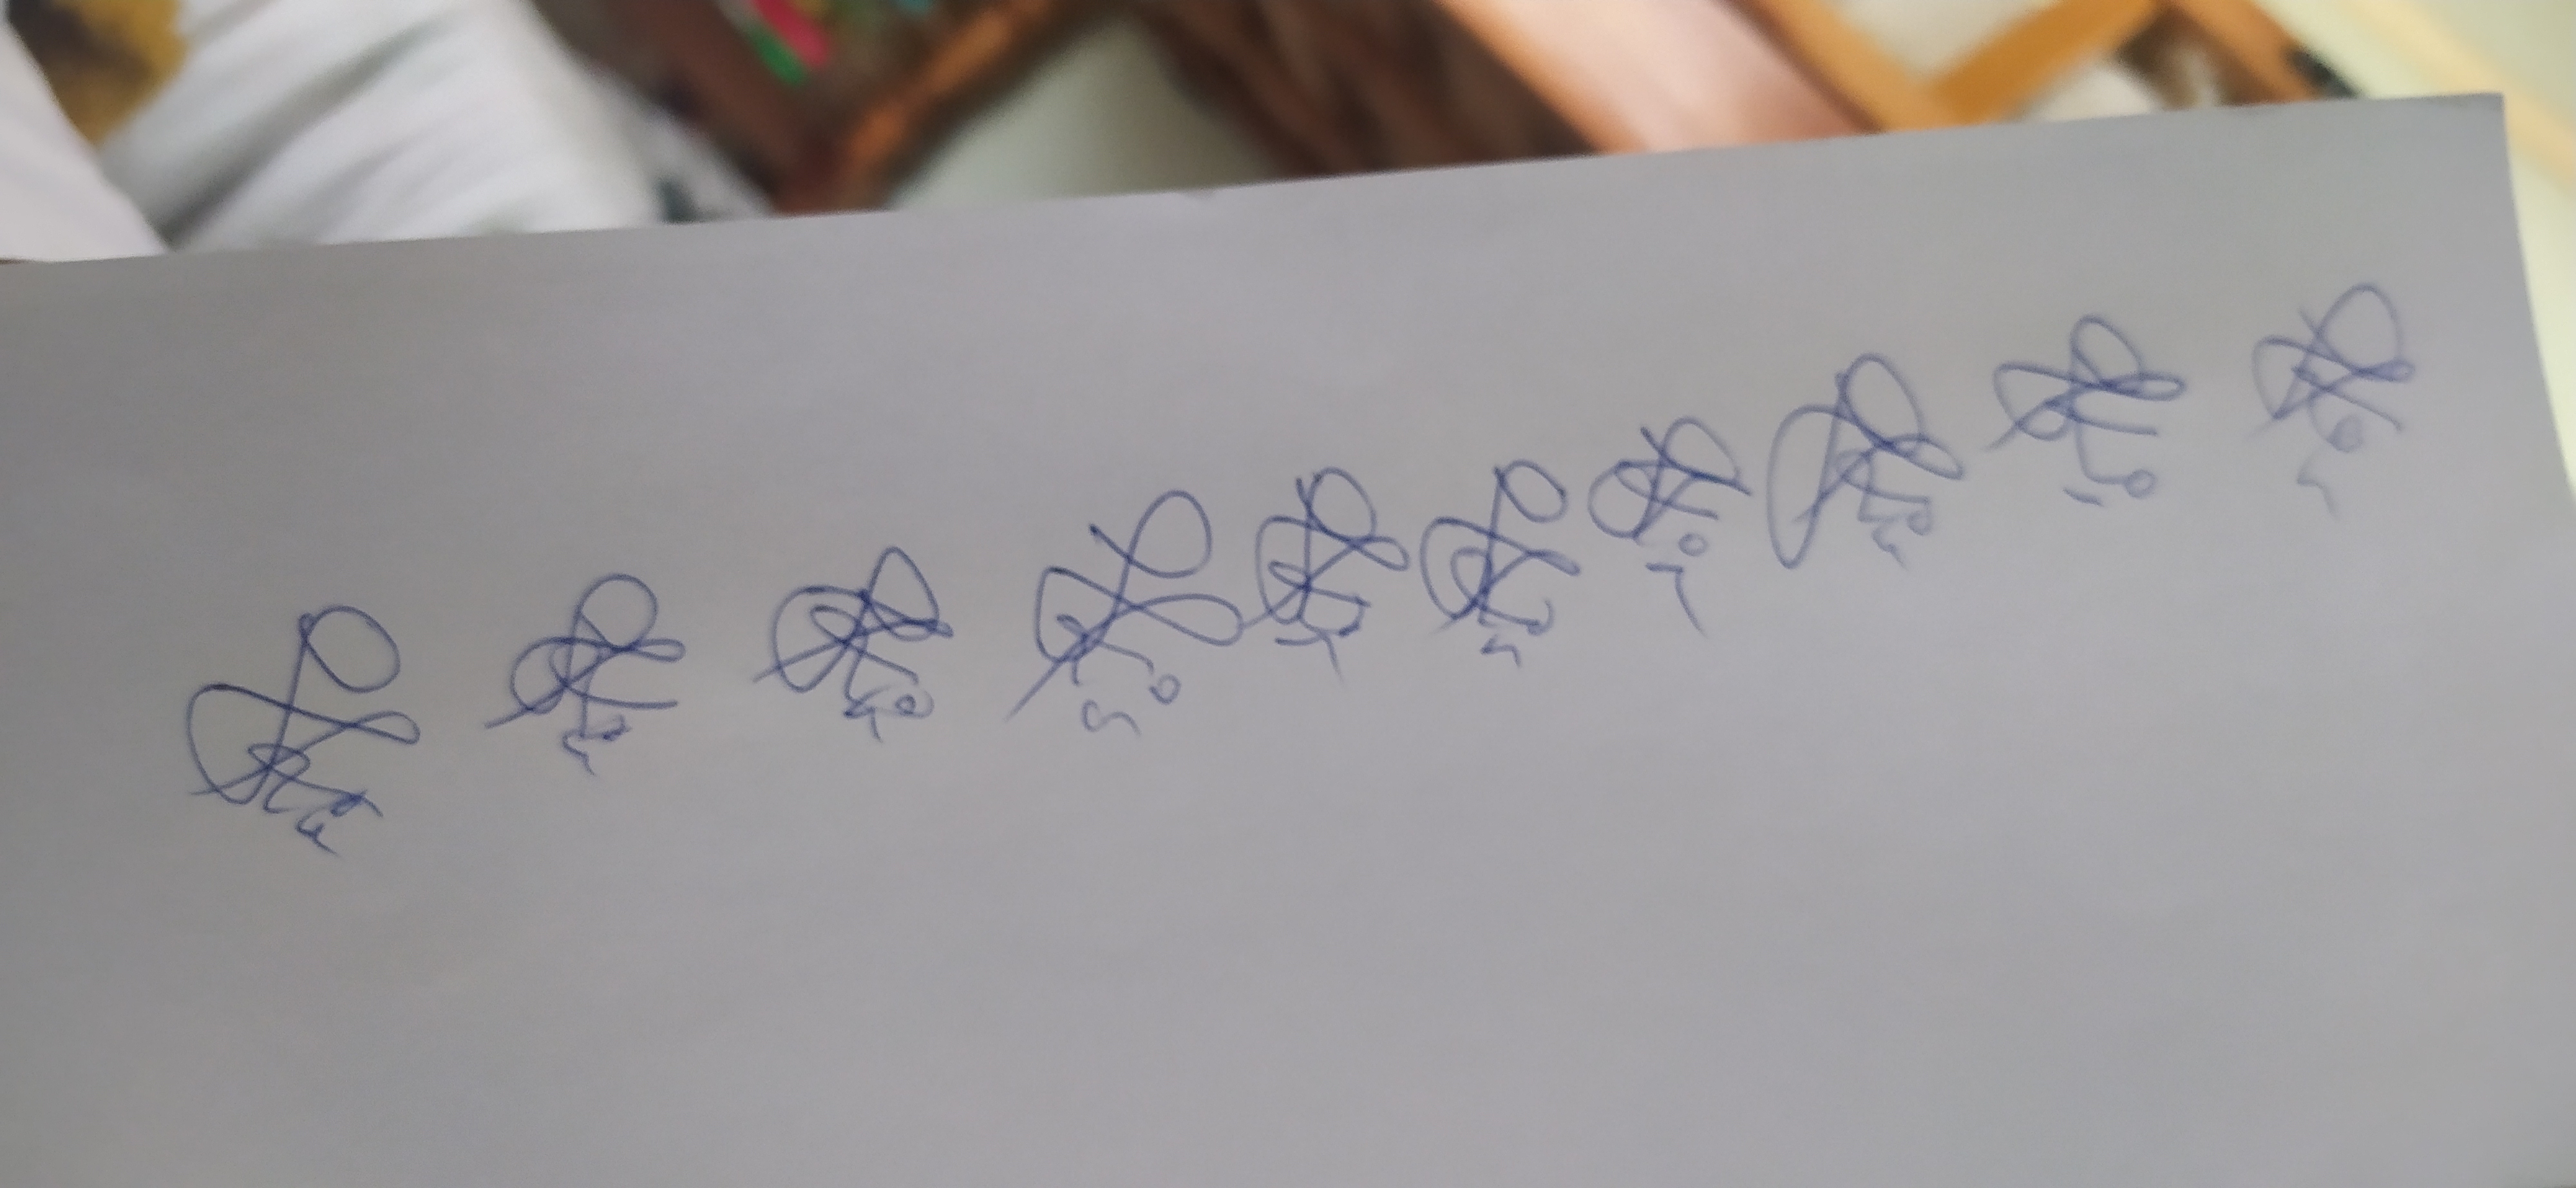
Signature authenticity: genuine